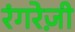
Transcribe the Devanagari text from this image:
रंगरेज़ी